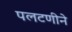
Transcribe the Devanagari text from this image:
पलटणीने